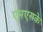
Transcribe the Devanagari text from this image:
एमएसके